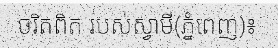
ចរិតពិត របស់ស្វាមី(ភ្នំពេញ)៖